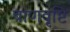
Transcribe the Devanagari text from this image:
बाणवृष्टि